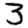
Digit: 3